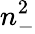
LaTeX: n_{-}^{2}